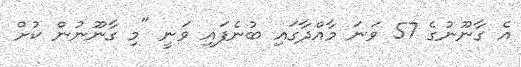
އެ ގާނޫނުގެ 57 ވަނަ މާއްދާގައި ބުނެފައި ވަނީ "މި ގާނޫނުން ކުށް